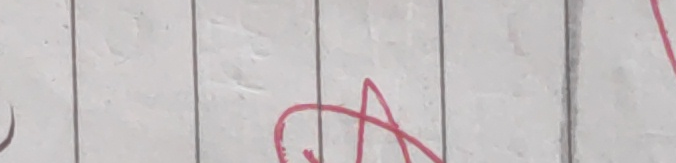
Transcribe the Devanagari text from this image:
म